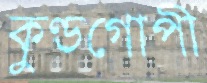
কুণ্ডগোপী